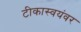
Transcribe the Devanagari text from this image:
टीकास्वयंवर